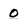
Character: O